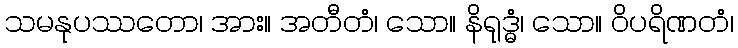
သမနုပဿတော၊ အား။ အတီတံ၊ သော။ နိရုဒ္ဓံ၊ သော။ ဝိပရိဏတံ၊